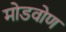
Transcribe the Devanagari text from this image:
मोडवोण